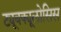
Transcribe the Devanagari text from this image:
ट्यूबक्यूलोसिस